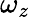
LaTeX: \omega_{z}